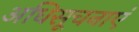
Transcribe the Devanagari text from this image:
अधिसूचनाएं